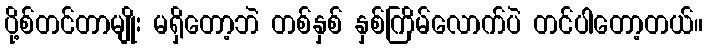
ပို့စ်တင်တာမျိုး မရှိတော့ဘဲ တစ်နှစ် နှစ်ကြိမ်လောက်ပဲ တင်ပါတော့တယ်။